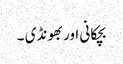
بچکانی اور بھونڈی ۔